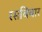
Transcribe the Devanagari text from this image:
रसविचार